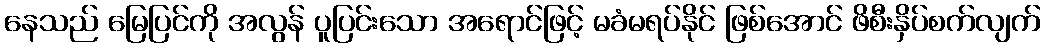
နေသည် မြေပြင်ကို အလွန် ပူပြင်းသော အရောင်ဖြင့် မခံမရပ်နိုင် ဖြစ်အောင် ဖိစီးနှိပ်စက်လျက်